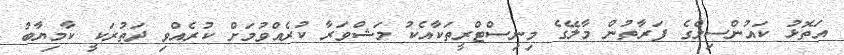
އަތޮޅު ކައުންސިލްގެ ފަރާތުން މާލޭގެ މިނިސްޓްރީތަކާއެކު މަޝްވަރާ ކުރެއްވުމަށް ކުރެއްވި ދަތުރަކީ ކާމިޔާބު